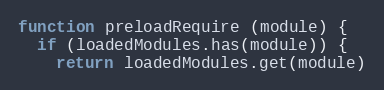
Language: JavaScript
function preloadRequire (module) {
  if (loadedModules.has(module)) {
    return loadedModules.get(module)